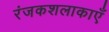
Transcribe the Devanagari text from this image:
रंजकशलाकाएँ